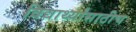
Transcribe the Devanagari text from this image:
विद्यार्थ्यांसाठीच